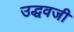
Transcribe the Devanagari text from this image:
उद्धवजी